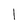
Character: 1